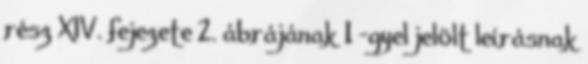
rész XIV. fejezete 2. ábrájának 1 -gyel jelölt leírásnak